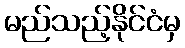
မည်သည့်နိုင်ငံမှ